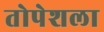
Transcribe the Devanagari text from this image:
तोपेशला